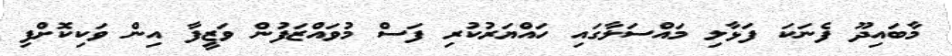
މާބައިދޫ ފެނަކަ ފަޅާލި މައްސަލާގައި ހައްޔަރުކުރި ފަސް މުވައްޒަފުން ވަޒީފާ އިން ވަކިކޮށްފި